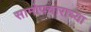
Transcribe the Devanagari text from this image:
सामोपचाराच्या